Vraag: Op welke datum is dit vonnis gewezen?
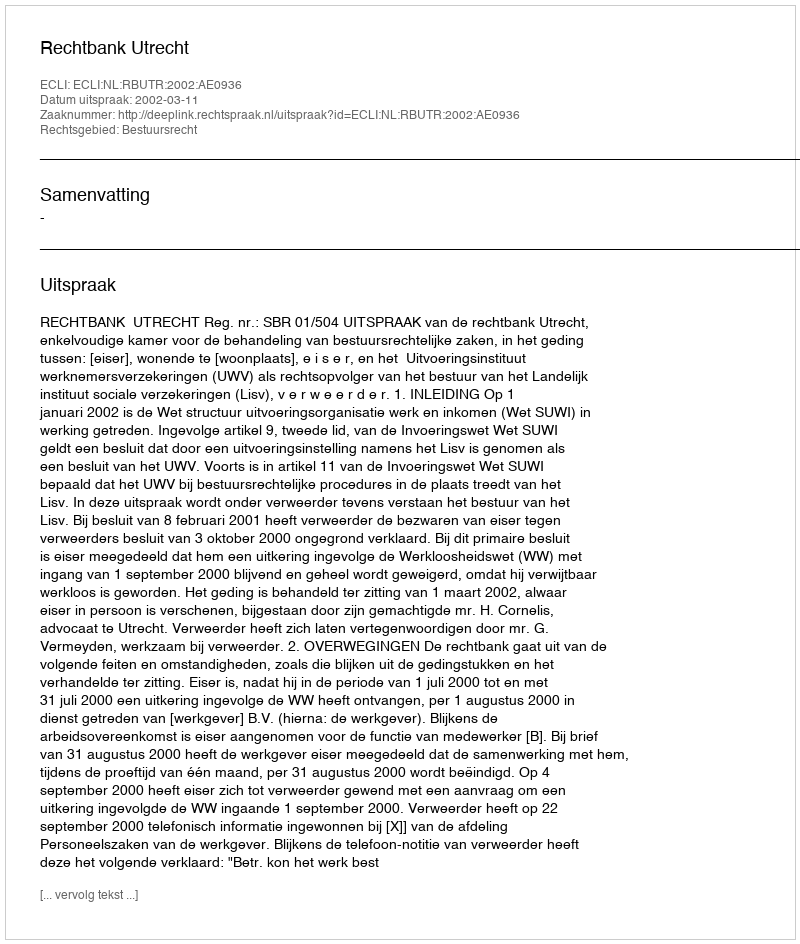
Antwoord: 2002-03-11